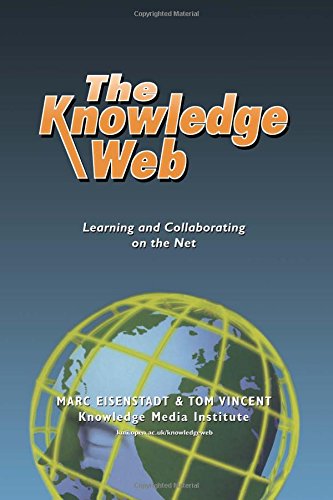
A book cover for The Knowledge Web: Learning and Collaborating on the Net (Open and Flexible Learning Series); Eisenstadt  Marc; Computers & Technology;